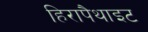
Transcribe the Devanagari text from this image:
हिरापैथाइट